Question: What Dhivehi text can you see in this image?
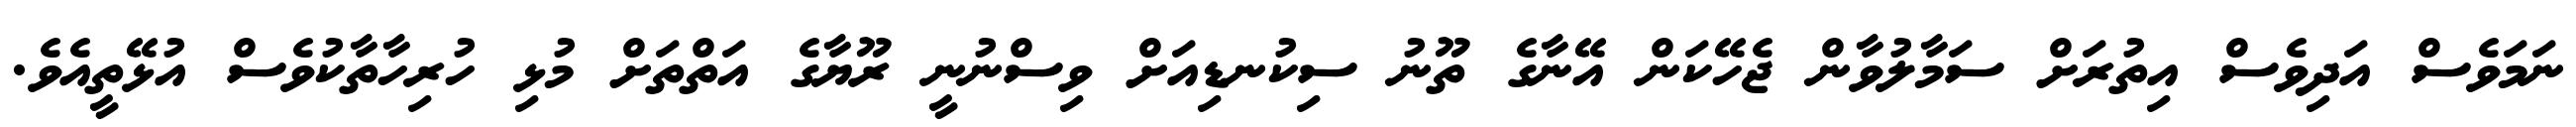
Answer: ނަމަވެސް އަދިވެސް އިތުރަށް ސަމާލުވާން ޖެހޭކަން އޭނާގެ ތޫނު ސިކުނޑިއަށް ވިސްނުނީ ރޫޔާގެ އަތްތަށް މުޅި ހުރިހާތާކުވެސް އުޅޭތީއެވެ.